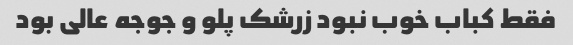
فقط کباب خوب نبود زرشک پلو و جوجه عالی بود